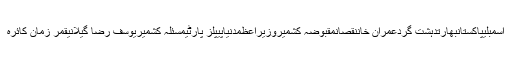
اسمبلیپاکستانبھارتدہشت گردعمران خاننقصانمقبوضہ کشمیروزیراعظمدنیاپیپلز پارٹیمسئلہ کشمیریوسف رضا گیلانیقمر زمان کائرہ